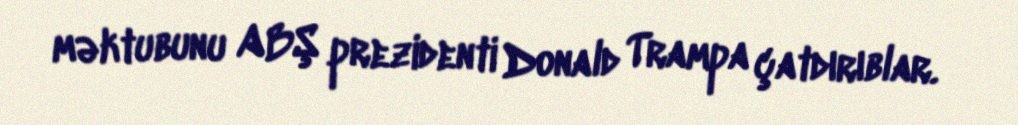
məktubunu ABŞ prezidenti Donald Trampa çatdırıblar.